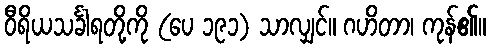
ဝီရိယသင်္ခါရတို့ကို (ပေ ၁၉၁) သာလျှင်။ ဂဟိတာ၊ ကုန်၏။